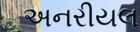
અનરીયલ